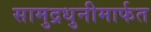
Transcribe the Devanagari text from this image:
सामुद्रधुनीमार्फत